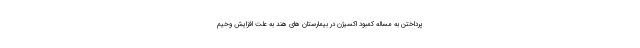
پرداختن به مساله کمبود اکسیژن در بیمارستان های هند به علت افزایش وخیم